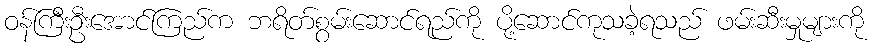
ဝန်ကြီးဦးအောင်ကြည်က ဘရိတ်စွမ်းဆောင်ရည်ကို ပို့ဆောင်ကုသခဲ့ရသည် ဖမ်းဆီးမှုများကို